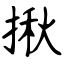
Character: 揪